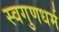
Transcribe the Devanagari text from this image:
स्वगुणधर्म